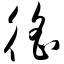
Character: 徭